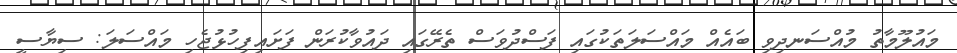
މައުލޫމާތު މުއްސަނދިވި ބައެއް މައްސަލަތަކުގައި ފަސްދުވަސް ތެރޭގައި ދައުވާކުރަން ފަށައިފިހުޅުޖެހި މައްސަލަ: ސިޔާސީ